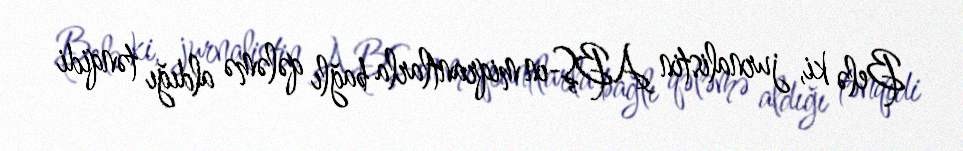
Belə ki, jurnalistin ABŞ-ın miqrantlarla bağlı qələmə aldığı tənqidi